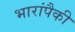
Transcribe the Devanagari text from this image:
भारांपैकी